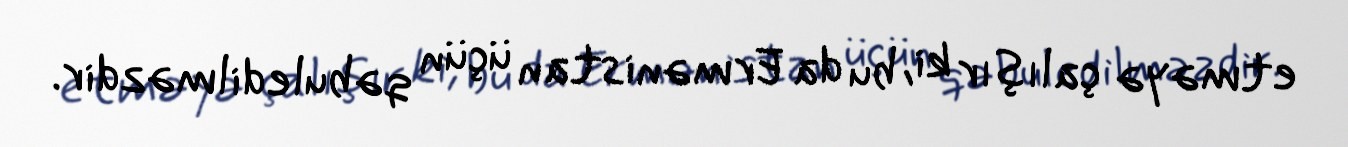
etməyə çalışır ki, bu da Ermənistan üçün qəbuledilməzdir.